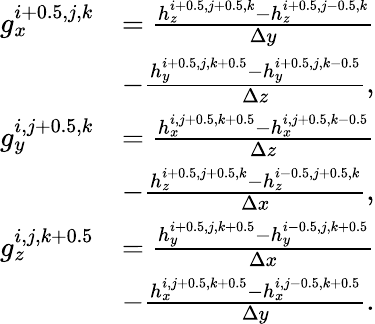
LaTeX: \begin{array}{rl}{g_{x}^{i+0.5,j,k}}&{=\frac{h_{z}^{i+0.5,j+0.5,k}-h_{z}^{i+0.5,j-0.5,k}}{\Delta y}}\\ &{-\frac{h_{y}^{i+0.5,j,k+0.5}-h_{y}^{i+0.5,j,k-0.5}}{\Delta z},}\\ {g_{y}^{i,j+0.5,k}}&{=\frac{h_{x}^{i,j+0.5,k+0.5}-h_{x}^{i,j+0.5,k-0.5}}{\Delta z}}\\ &{-\frac{h_{z}^{i+0.5,j+0.5,k}-h_{z}^{i-0.5,j+0.5,k}}{\Delta x},}\\ {g_{z}^{i,j,k+0.5}}&{=\frac{h_{y}^{i+0.5,j,k+0.5}-h_{y}^{i-0.5,j,k+0.5}}{\Delta x}}\\ &{-\frac{h_{x}^{i,j+0.5,k+0.5}-h_{x}^{i,j-0.5,k+0.5}}{\Delta y}.}\end{array}